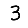
Digit: 3